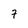
Character: 7